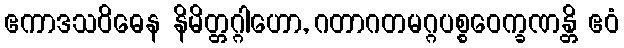
ဧကာဒသဝိဓေန နိမိတ္တဂ္ဂါဟော, ဂတာဂတမဂ္ဂပစ္စဝေက္ခဏန္တိ ဧဝံ